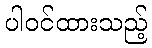
ပါဝင်ထားသည့်